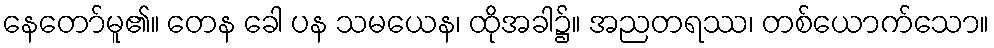
နေတော်မူ၏။ တေန ခေါ ပန သမယေန၊ ထိုအခါ၌။ အညတရဿ၊ တစ်ယောက်သော။